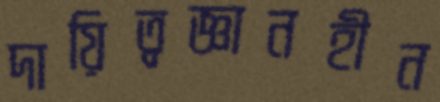
দায়িত্বজ্ঞানহীন